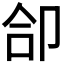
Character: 𪠁